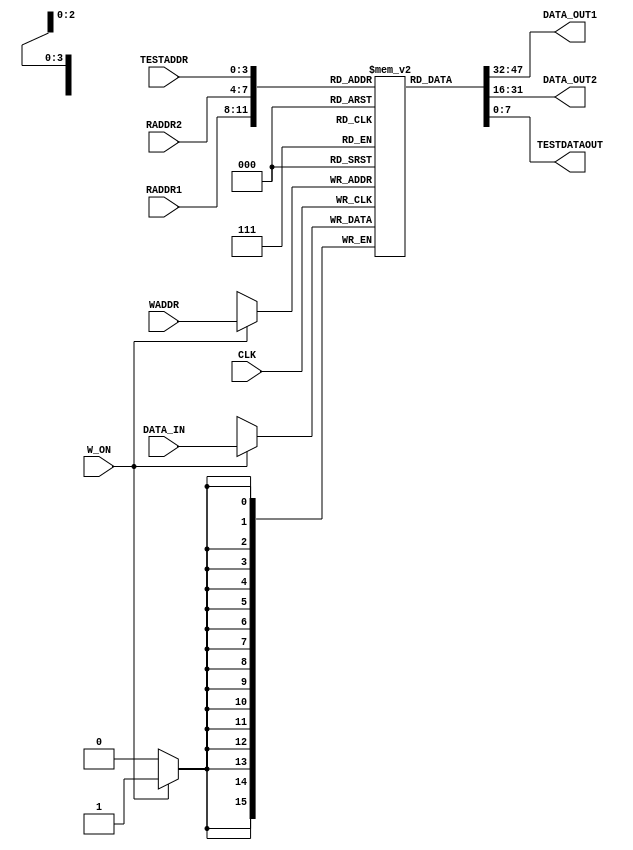
module Reg(CLK,RADDR1,DATA_OUT1,RADDR2,DATA_OUT2,W_ON,WADDR,DATA_IN,TESTADDR,TESTDATAOUT);                                       
   
  parameter word_size = 16;
  parameter memory_size = 16;
  parameter addr_size = 4;
	
  output [word_size-1: 0] DATA_OUT1;
  output [word_size-1: 0] DATA_OUT2;
  
  input [word_size-1: 0] DATA_IN;
  input [addr_size-1: 0] RADDR1;
  input [addr_size-1: 0] RADDR2;
  input [addr_size-1: 0] WADDR;
  input [addr_size-1: 0] TESTADDR;
  output [7: 0] TESTDATAOUT; 
  
  input CLK,W_ON;
  
  reg [15: 0] memory [memory_size-1: 0];
  
  reg [31:0] i;
  
  initial begin
		for(i=0;i<memory_size;i=i+1) begin
			memory[i] = 16'b0000_0000_0000_0000;//
		memory[4'b1100] = 16'b1111_1111_1111_1111;
		memory[4'b1111] = 16'b1111_1111_1111_1111;

		end
		
	end
	
  parameter ZERO = 16'b0000_0000_0000_0000;
 
  assign DATA_OUT1=memory[RADDR1];
  assign DATA_OUT2=memory[RADDR2];
  assign TESTDATAOUT = memory[TESTADDR][7:0];  

  always @ (negedge CLK)
    if (W_ON) 
		begin
			memory[WADDR] = DATA_IN;
		end
endmodule